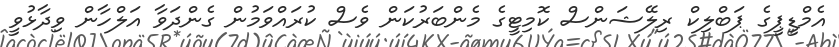
އެމްޑީޕީގެ ޕަބްލިކް ރިލޭޝަންސް ކޮމިޓީގެ މެންބަރުކަން ވެސް ކުރައްވަމުން ގެންދަވާ އަލްހާން ވިދާޅުވީ